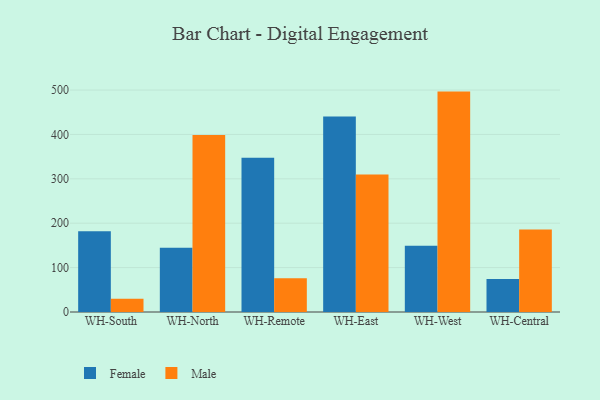
{"axis": {"x": "Warehouse", "y": "Market Share (%)"}, "legend": ["Female", "Male"], "data": [{"x": "WH-South", "y": 181.9, "type": "Female"}, {"x": "WH-South", "y": 29.6, "type": "Male"}, {"x": "WH-North", "y": 144.5, "type": "Female"}, {"x": "WH-North", "y": 399.0, "type": "Male"}, {"x": "WH-Remote", "y": 347.5, "type": "Female"}, {"x": "WH-Remote", "y": 76.1, "type": "Male"}, {"x": "WH-East", "y": 440.6, "type": "Female"}, {"x": "WH-East", "y": 309.8, "type": "Male"}, {"x": "WH-West", "y": 149.0, "type": "Female"}, {"x": "WH-West", "y": 496.5, "type": "Male"}, {"x": "WH-Central", "y": 74.6, "type": "Female"}, {"x": "WH-Central", "y": 185.6, "type": "Male"}]}